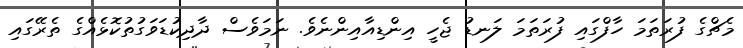
މެޗްގެ ފުރަތަމަ ހާފްގައި ފުރަތަމަ ލަނޑު ޖެހީ އިންޑިއާއިންނެވެ. ނަމަވެސް ދާދިކުޑަވަގުތުކޮޅެއްގެ ތެރޭގައި